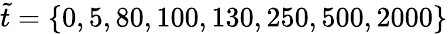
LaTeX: \tilde{t}=\{ 0,5,80,100,130,250,500,2000\}